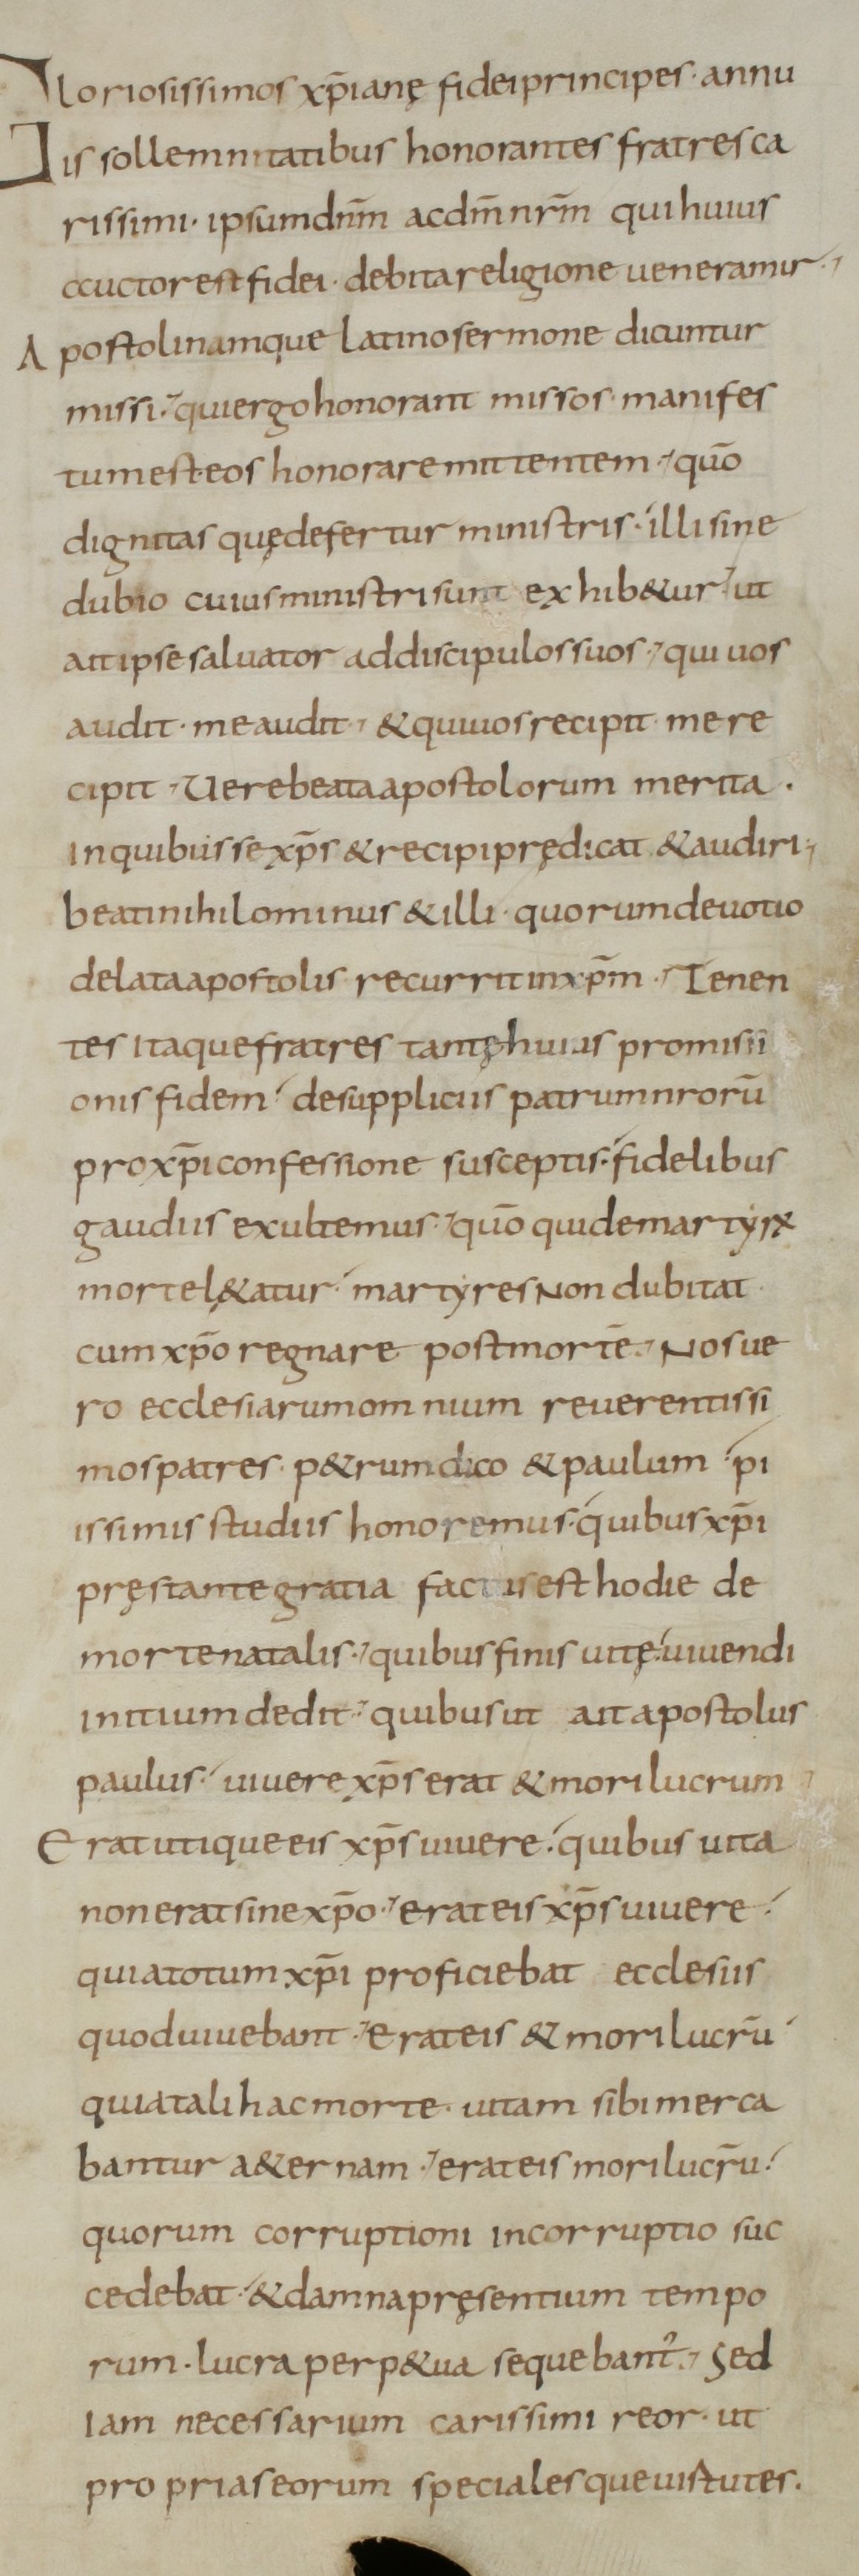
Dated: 800–899